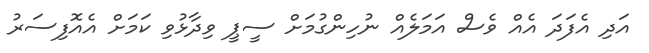
އަދި އެފަދަ އެއް ވެސް އަމަލެއް ނުހިންގުމަށް ސީޕީ ވިދާޅުވި ކަމަށް އެއޮފިސަރު